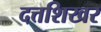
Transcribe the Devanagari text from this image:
दत्तशिखर